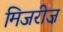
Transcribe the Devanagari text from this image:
मिजरीज़